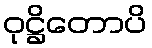
ဝုဋ္ဌိတောပိ